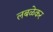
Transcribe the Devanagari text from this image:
लबळेकर